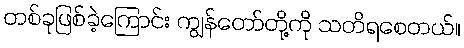
တစ်ခုဖြစ်ခဲ့ကြောင်း ကျွန်တော်တို့ကို သတိရစေတယ်။